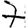
Digit: 7